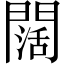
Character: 闊